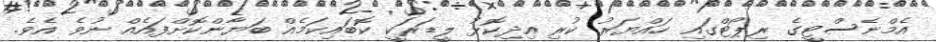
އެމްނެސްޓީގެ ރިޕޯޓްގައި ހައްޔަރު ކުރި އިދިކޮޅު ލީޑަރަކީ ކޮބައިކަމެއް ބަޔާންކޮށްފައެއް ނުވެ އެވެ.